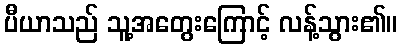
ပီယာသည် သူ့အတွေးကြောင့် လန့်သွား၏။